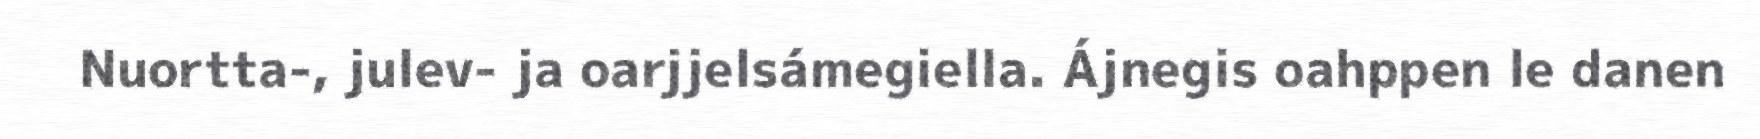
Nuortta-, julev- ja oarjjelsámegiella. Ájnegis oahppen le danen